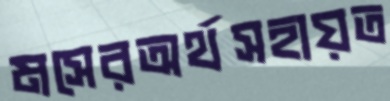
মসেরঅর্থসহায়ত